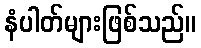
နံပါတ်များဖြစ်သည်။